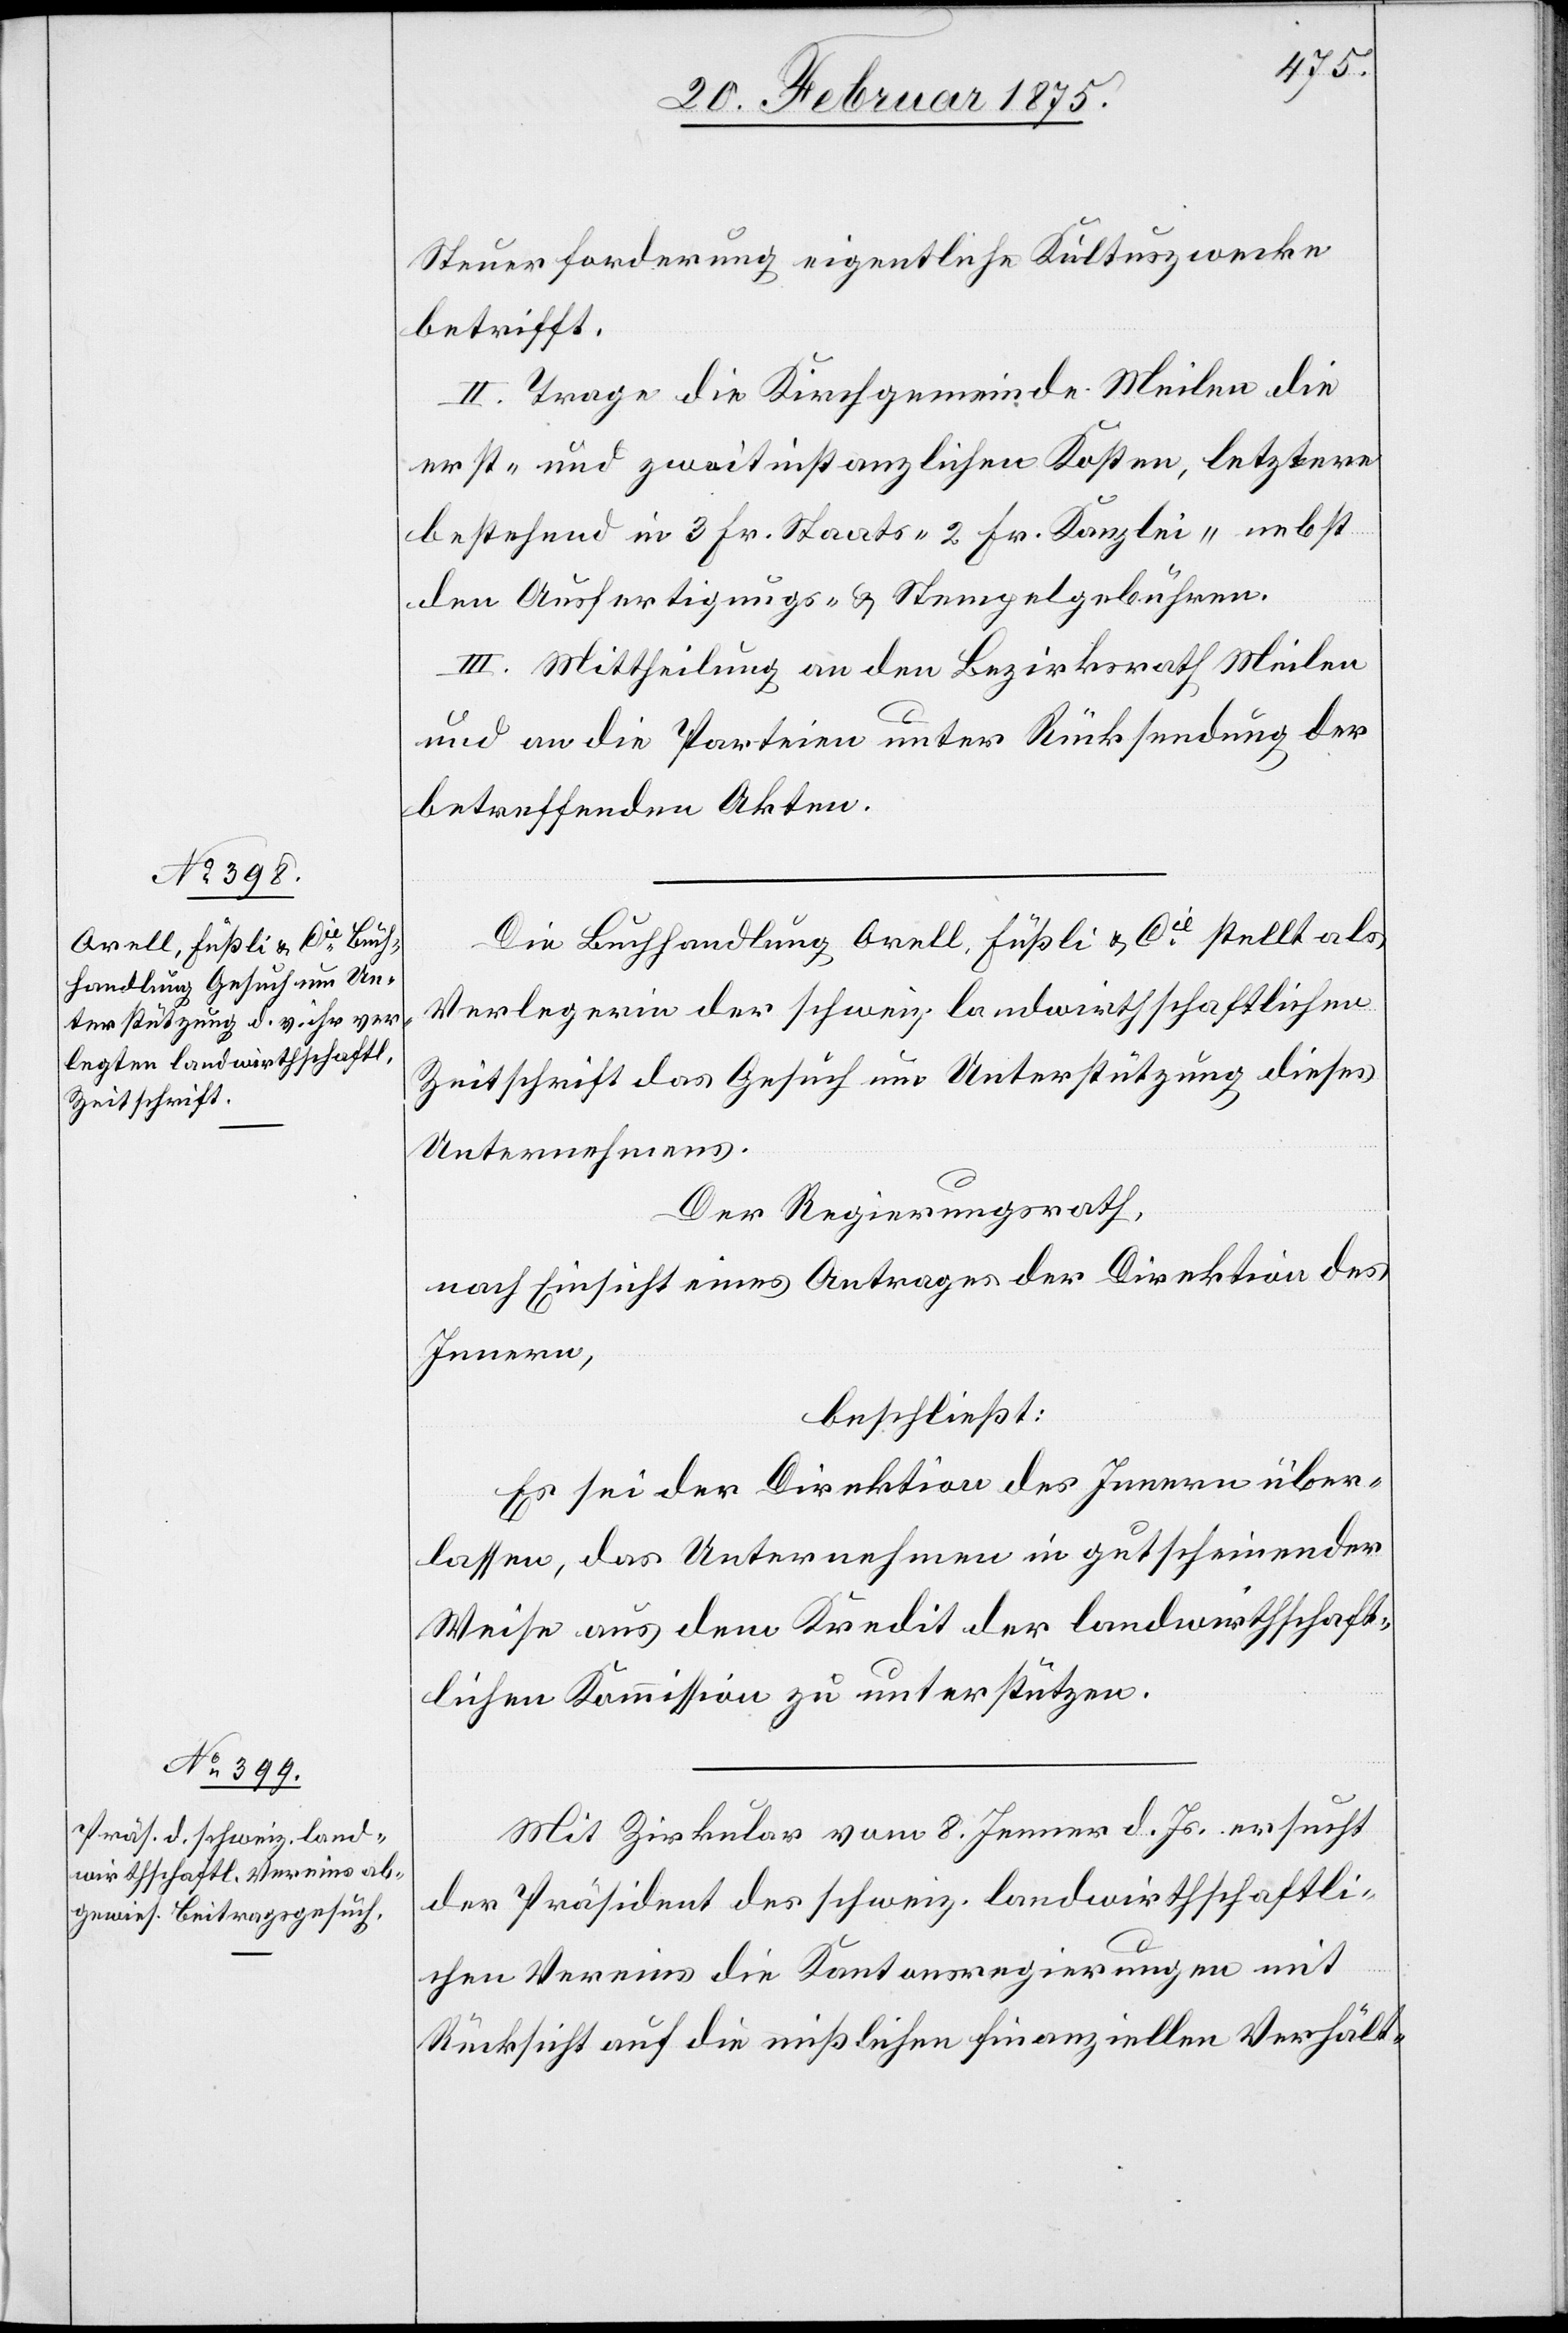
Steuerforderung eigentliche Kultuszwecke
betrifft.
II. Trage die Kirchgemeinde Meilen die
erst- und zweitinstanzlichen Kosten, letztere
bestehend in 3 Fr. Staats-[,] 2 Fr. Kanzlei- nebst
den Ausfertigungs- u. Stempelgebühren.
III. Mittheilung an den Bezirksrath Meilen
und an die Parteien unter Rücksendung der
betreffenden Akten.
Die Buchhandlung Orell, Füßli u. Cie stellt als
Verlegerin der schweiz. landwirthschaftlichen
Zeitschrift das Gesuch um Unterstützung dieses
Unternehmens.
Der Regierungsrath,
nach Einsicht eines Antrages der Direktion des
Innern,
beschließt:
Es sei der Direktion des Innern über¬
lassen, das Unternehmen in gutscheinender
Weise aus dem Kredit der landwirthschaft¬
lichen Kommission zu unterstützen.
Mit Zirkular vom 8. Jenner d. Js. ersucht
der Präsident des schweiz. landwirthschaftli¬
chen Vereins die Kantonsregierungen mit
Rücksicht auf die mißlichen finanziellen Verhält-